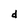
Character: d